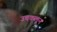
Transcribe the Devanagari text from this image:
उचकलून